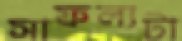
সাফল্যটা